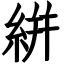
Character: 絣